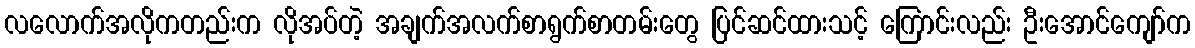
လလောက်အလိုကတည်းက လိုအပ်တဲ့ အချက်အလက်စာရွက်စာတမ်းတွေ ပြင်ဆင်ထားသင့် ကြောင်းလည်း ဦးအောင်ကျော်က